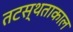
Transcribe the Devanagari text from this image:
तटस्थताकाल